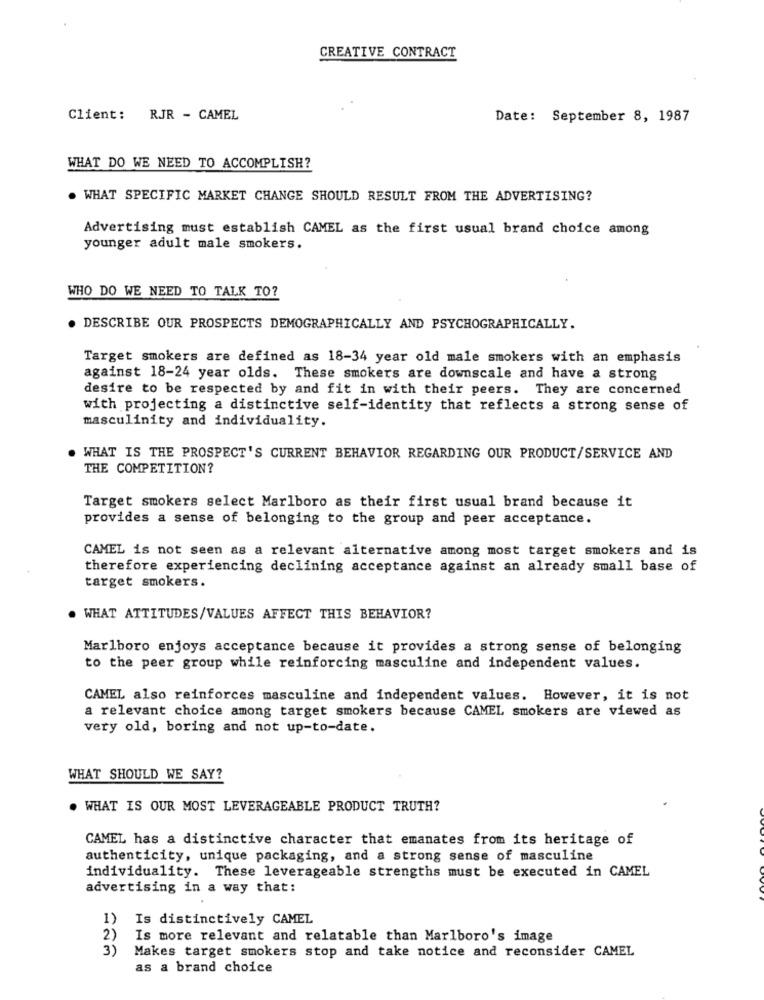
CREATIVE CONTRACT
Client: RJR - CAMEL
Date: September 8, 1987
WHAT DO WE NEED TO ACCOMPLISH?
. WHAT SPECIFIC MARKET CHANGE SHOULD RESULT FROM THE ADVERTISING?
Advertising must establish CAMEL as the first usual brand choice among
younger adult male smokers.
WHO DO WE NEED TO TALK TO?
. DESCRIBE OUR PROSPECTS DEMOGRAPHICALLY AND PSYCHOGRAPHICALLY.
Target smokers are defined as 18-34 year old male smokers with an emphasis
against 18-24 year olds. These smokers are downscale and have a strong
desire to be respected by and fit in with their peers. They are concerned
with projecting a distinctive self-identity that reflects a strong sense of
masculinity and individuality.
WHAT IS THE PROSPECT'S CURRENT BEHAVIOR REGARDING OUR PRODUCT/SERVICE AND
THE COMPETITION?
Target smokers select Marlboro as their first usual brand because it
provides a sense of belonging to the group and peer acceptance.
CAMEL is not seen as a relevant alternative among most target smokers and is
therefore experiencing declining acceptance against an already small base of
target smokers.
. WHAT ATTITUDES/VALUES AFFECT THIS BEHAVIOR?
Marlboro enjoys acceptance because it provides a strong sense of belonging
to the peer group while reinforcing masculine and independent values.
CAMEL also reinforces masculine and independent values. However, it is not
a relevant choice among target smokers because CAMEL smokers are viewed as
very old, boring and not up-to-date.
WHAT SHOULD WE SAY?
. WHAT IS OUR MOST LEVERAGEABLE PRODUCT TRUTH?
CAMEL has a distinctive character that emanates from its heritage of
authenticity, unique packaging, and a strong sense of masculine
individuality. These leverageable strengths must be executed in CAMEL
advertising in a way that:
1)
Is distinctively CAMEL
2)
Is more relevant and relatable than Marlboro's image
3)
Makes target smokers stop and take notice and reconsider CAMEL
as a brand choice